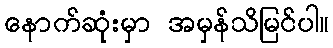
နောက်ဆုံးမှာ အမှန်သိမြင်ပါ။